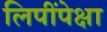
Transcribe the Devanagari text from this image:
लिपींपेक्षा